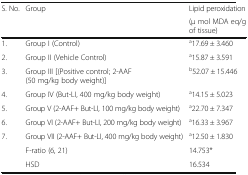
<table><thead><tr><td rowspan="2"><b>S. No.</b></td><td rowspan="2"><b>Group</b></td><td><b>Lipid peroxidation</b></td></tr><tr><td><b>(μ mol MDA eq/g of tissue)</b></td></tr></thead><tbody><tr><td>1.</td><td>Group I (Control)</td><td><sup>a</sup>17.69 ± 3.460</td></tr><tr><td>2.</td><td>Group II (Vehicle Control)</td><td><sup>a</sup>15.87 ± 3.591</td></tr><tr><td>3.</td><td>Group III [(Positive control; 2-AAF (50 mg/kg body weight)]</td><td><sup>b</sup>52.07 ± 15.446</td></tr><tr><td>4.</td><td>Group IV (But-LI, 400 mg/kg body weight)</td><td><sup>a</sup>14.15 ± 5.023</td></tr><tr><td>5.</td><td>Group V (2-AAF+ But-LI, 100 mg/kg body weight)</td><td><sup>a</sup>22.70 ± 7.347</td></tr><tr><td>6.</td><td>Group VI (2-AAF+ But-LI, 200 mg/kg body weight)</td><td><sup>a</sup>16.33 ± 3.967</td></tr><tr><td>7.</td><td>Group VII (2-AAF+ But-LI, 400 mg/kg body weight)</td><td><sup>a</sup>12.50 ± 1.830</td></tr><tr><td></td><td>F-ratio (6, 21)</td><td>14.753*</td></tr><tr><td></td><td>HSD</td><td>16.534</td></tr></tbody></table>